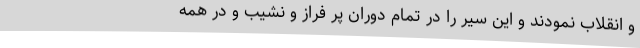
و انقلاب نمودند و این سیر را در تمام دوران پر فراز و نشیب و در همه